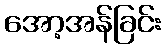
အော့အန်ခြင်း